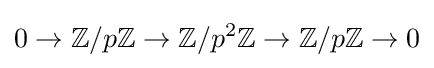
0\to \mathbb {Z} /p\mathbb {Z} \to \mathbb {Z} /p^{2}\mathbb {Z} \to \mathbb {Z} /p\mathbb {Z} \to 0